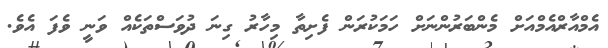
އެމްއާރްއެމްއަށް މެންބަރުންނަށް ހަމަކުރަން ފެށިތާ މިހާރު ގިނަ ދުވަސްތަކެއް ވަނީ ވެފަ އެވެ.